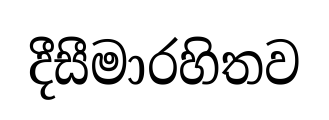
දීසීමාරහිතව